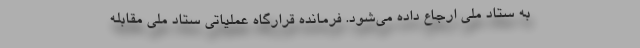
به ستاد ملی ارجاع داده می‌شود. فرمانده قرارگاه عملیاتی ستاد ملی مقابله